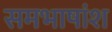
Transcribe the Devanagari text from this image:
समभाषांश